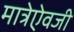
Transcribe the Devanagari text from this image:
मात्रेऐवजी